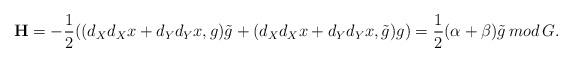
LaTeX: \begin{align*} \textbf{H}=- \frac{1}{2}((d_{X}d_{X}x + d_{Y}d_{Y}x,g)\tilde{g} + (d_{X}d_{X}x + d_{Y}d_{Y}x,\tilde{g})g)= \frac{1}{2}(\alpha + \beta)\tilde{g} \, mod\, G.\end{align*}